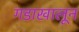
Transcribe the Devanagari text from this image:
गडाखालून